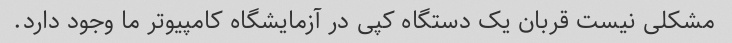
مشکلی نیست قربان یک دستگاه کپی در آزمایشگاه کامپیوتر ما وجود دارد.